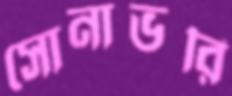
সোনাভরি